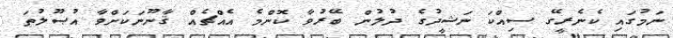
ނަމުގައި ކެނެރީގޭ ސިއްކަ ނަޝީދުގެ ދުލުން ބޭރުވާ ކޮންމެ އެއްޗެއް ޤާނޫނަކަށްވާ އުޞޫލުތަ